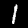
Label: 1